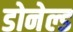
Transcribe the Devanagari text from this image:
डोनेल्ड